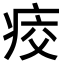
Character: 𤶀